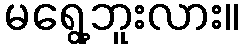
မရွေ့ဘူးလား။